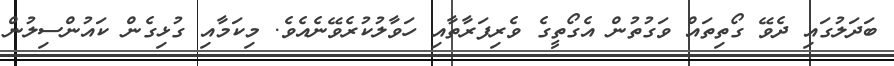
ބަދަލުގައި ދެވޭ ގޯތިތައް ވަގުތުން އެގޯތީގެ ވެރިފަރާތާއި ހަވާލުކުރެވޭނެއެވެ. މިކަމާއި ގުޅިގެން ކައުންސިލުން